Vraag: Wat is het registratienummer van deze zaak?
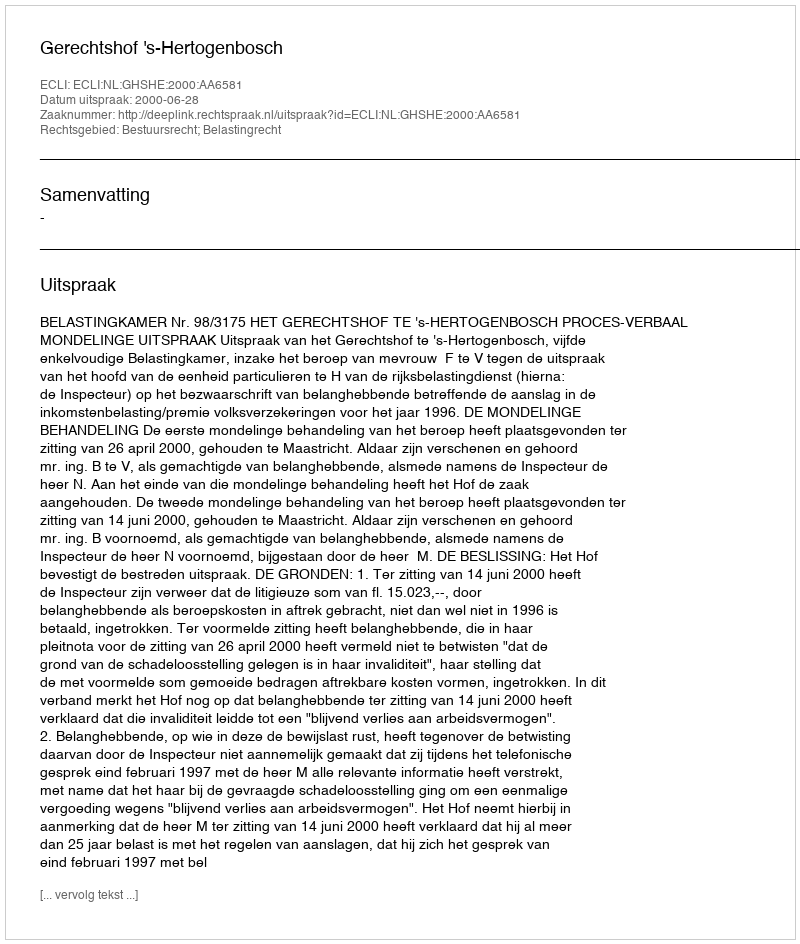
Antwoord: http://deeplink.rechtspraak.nl/uitspraak?id=ECLI:NL:GHSHE:2000:AA6581